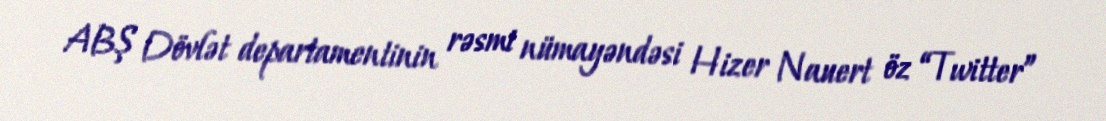
ABŞ Dövlət departamentinin rəsmi nümayəndəsi Hizer Nauert öz “Twitter”